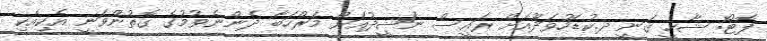
ފޮޓޯ: ޝާހީ ގަނީ ދ.ކުޑަހުވަދޫއަށް ރައީސް ނަޝީދުއަށް މަރްހަބާ ދެންނެވުމުގެ ގޮތުންވަނީ އެކިއެކި